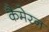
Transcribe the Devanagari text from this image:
कैमेरन